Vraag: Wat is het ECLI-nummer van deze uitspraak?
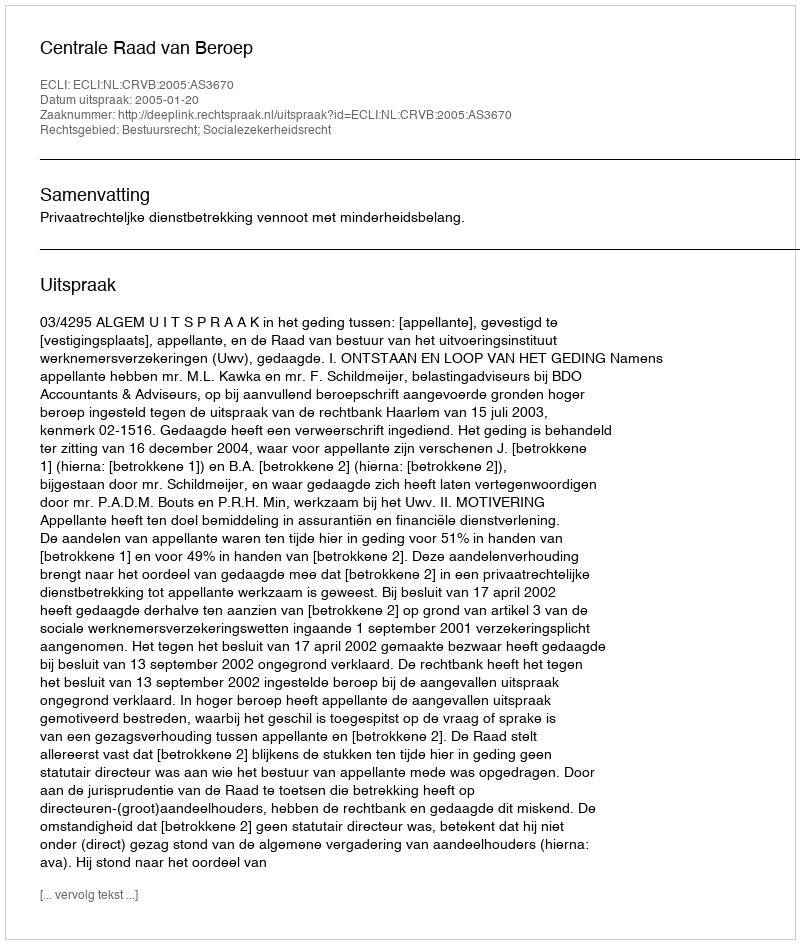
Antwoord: ECLI:NL:CRVB:2005:AS3670